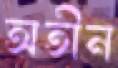
অতীন